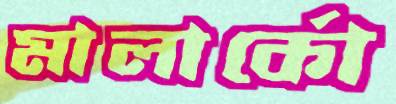
মালার্কো